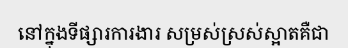
នៅក្នុងទីផ្សារការងារ សម្រស់ស្រស់ស្អាតគឺជា